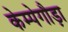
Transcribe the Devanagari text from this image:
केम्पेगौड़ा